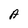
Character: A